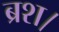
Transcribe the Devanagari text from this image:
ब्रश।